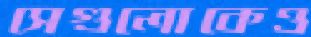
সেগুলোকেও